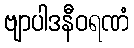
ဗျာပါဒနီဝရဏံ